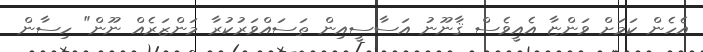
އެހެން ކަމަށް ވަންޏާ އެއީވެސް ޤާނޫނު އަސާސީއިން ތަސައްވަރުކުރާ މަންޒަރެއް ނޫން" ހިސާން